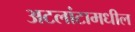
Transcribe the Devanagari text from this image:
अटलांटामधील